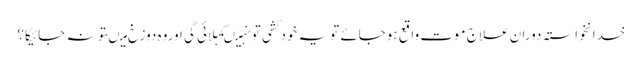
خدانخواستہ دورانِ علاج موت واقع ہوجائے تویہ خودکشی تونہیںکہلائی گی اوروہ دوزخ میںتونہ جائیگا؟